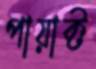
পায়াক্ট